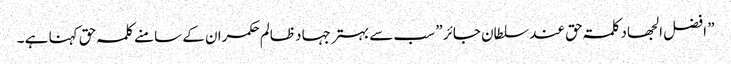
” افضل الجھاد کلمۃ حق عند سلطان جائر ” سب سے بہتر جہاد ظالم حکمران کے سامنے کلمہ حق کہنا ہے ۔